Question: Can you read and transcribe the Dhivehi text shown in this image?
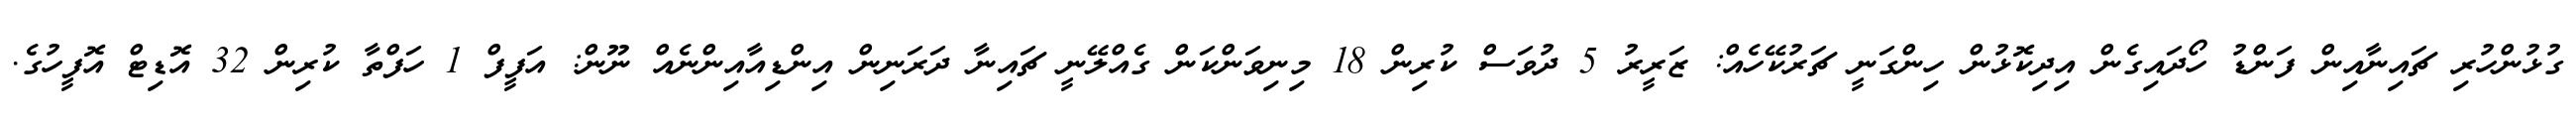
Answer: ގުޅުންހުރި ޗައިނާއިން ފަންޑު ހޯދައިގެން އިދިކޮޅުން ހިންގަނީ ޗަރުކޭހެއް: ޒަރީރު 5 ދުވަސް ކުރިން 18 މިނިވަންކަން ގެއްލޭނީ ޗައިނާ ދަރަނިން އިންޑިއާއިންނެއް ނޫން: އަފީފް 1 ހަފްތާ ކުރިން 32 އޮޑިޓް އޮފީހުގެ.